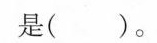
是()。